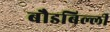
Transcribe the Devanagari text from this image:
बौडबिल्ली